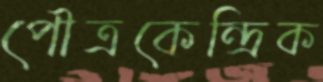
পৌত্রকেন্দ্রিক